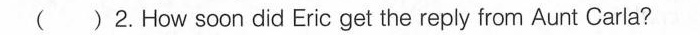
( ) 2.How soon did Eric get the reply from Aunt Carla?